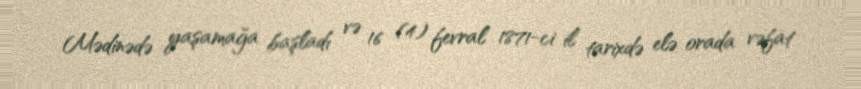
Mədinədə yaşamağa başladı və 16 (4) fevral 1871-ci il tarixdə elə orada vəfat